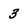
Character: 3